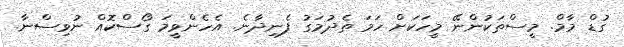
ގުޑް މާމް. މީސްތަކުންނޭ މީހަކަށް ހަމަ ތެދުމަގު ފެނިދާނެ. އެހެންވީމަ ގޯސްކޮއް ނުވިސްނާ.